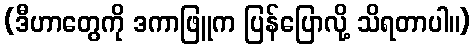
(ဒီဟာတွေကို ဒကာဖြူက ပြန်ပြောလို့ သိရတာပါ။)